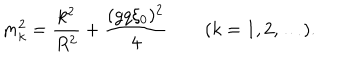
m _ { k } ^ { 2 } = { \frac { k ^ { 2 } } { R ^ { 2 } } } + { \frac { ( g q \xi _ { 0 } ) ^ { 2 } } { 4 } } \qquad ( k = 1 , 2 , \ldots ) .